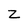
Character: Z